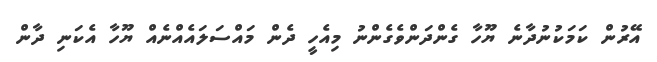
އޭރުން ކަމަކުނުދާނެ ޔޫހާ ގެންދަންވެގެންނު މިއެހީ ދެން މައްސަލައެއްނެއް ޔޫހާ އެކަނި ދާން